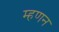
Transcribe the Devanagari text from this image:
म्हणन